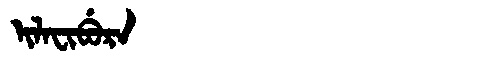
Manchu: ᡳᠯᠠᠸᡳᠪᡠᡵᠠ
Romanization: ILAFIBURA